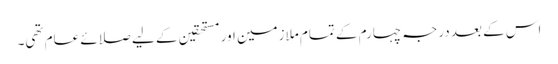
اس کے بعد درجہ چہارم کے تمام ملازمین اور مستحقین کے لیے صلائے عام تھی۔